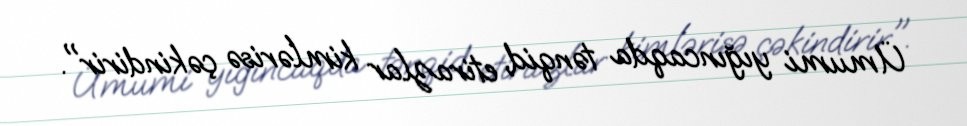
Ümumi yığıncaqda tənqid, etirazlar kimlərisə çəkindirir".